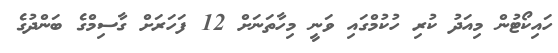
ހައިކޯޓުން މިއަދު ކުރި ހުކުމްގައި ވަނީ މިހާތަނަށް 12 ފަހަރަށް ގާސިމްގެ ބަންދުގެ